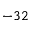
- 3 2